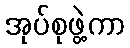
အုပ်စုဖွဲ့ကာ